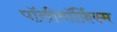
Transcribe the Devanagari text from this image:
पॉलीमॉर्फ़िस्म